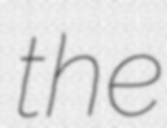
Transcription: the